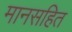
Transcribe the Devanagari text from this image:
मानसहित